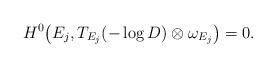
LaTeX: \begin{align*} H^0\big(E_j, T_{E_j}(-\log D) \otimes \omega_{E_j}\big) = 0.\end{align*}